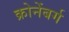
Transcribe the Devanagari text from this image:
क्रोनेंबर्ग